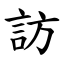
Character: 訪